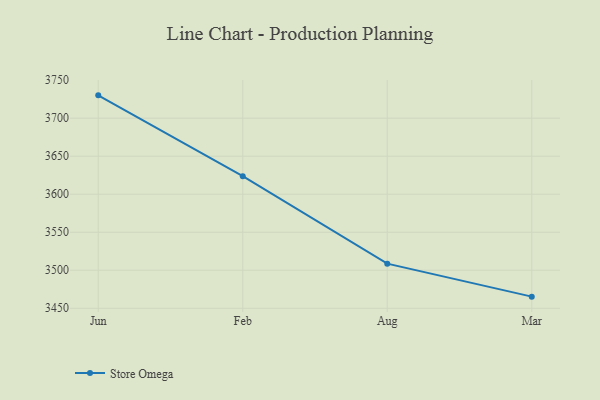
{"axis": {"x": "Month", "y": "Waste Production (Tons)"}, "legend": ["Store Omega"], "data": [{"x": "Jun", "y": 3730.0, "type": "Store Omega"}, {"x": "Feb", "y": 3623.7, "type": "Store Omega"}, {"x": "Aug", "y": 3508.7, "type": "Store Omega"}, {"x": "Mar", "y": 3465.3, "type": "Store Omega"}]}